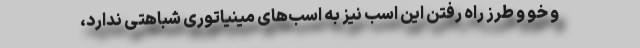
و خو و طرز راه رفتن این اسب نیز به اسب‌های مینیاتوری شباهتی ندارد،